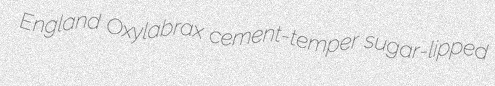
England Oxylabrax cement-temper sugar-lipped